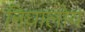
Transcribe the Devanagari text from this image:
निघालोय